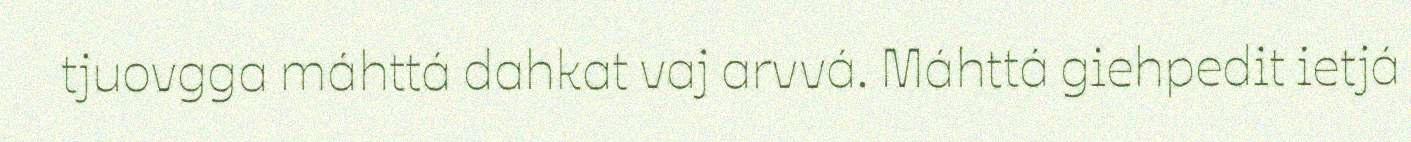
tjuovgga máhttá dahkat vaj arvvá. Máhttá giehpedit ietjá